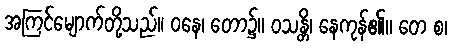
အကြင်မျောက်တို့သည်။ ဝနေ၊ တော၌။ ဝသန္တိ၊ နေကုန်၏။ တေ စ၊